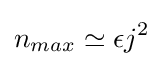
n_{max}\simeq \epsilon j^{2}